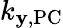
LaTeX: k_{\mathbf{y},\textrm{{PC}}}